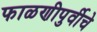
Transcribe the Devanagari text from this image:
फाळणीपुर्वीचे